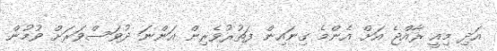
އަދި މިއީ ރާއްޖެ އަށް އެންމެ ގިނައިން ފަތުރުވެރިން އަންނަ ދުވަސްވަރަށް ވުމުން